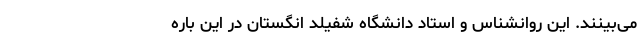
می‌بینند. این روانشناس و استاد دانشگاه شفیلد انگستان در این باره